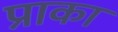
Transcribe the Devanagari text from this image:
प्राका